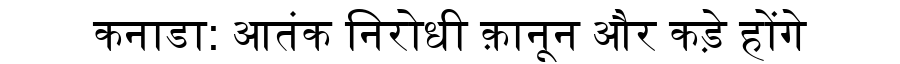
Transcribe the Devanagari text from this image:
कनाडा: आतंक निरोधी क़ानून और कड़े होंगे